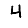
Digit: 4